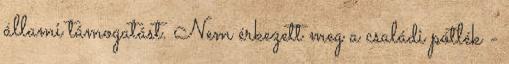
állami támogatást. Nem érkezett meg a családi pótlék -